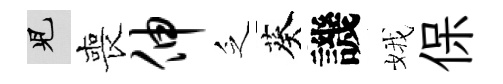
兒喪伸乏葵譏娥保